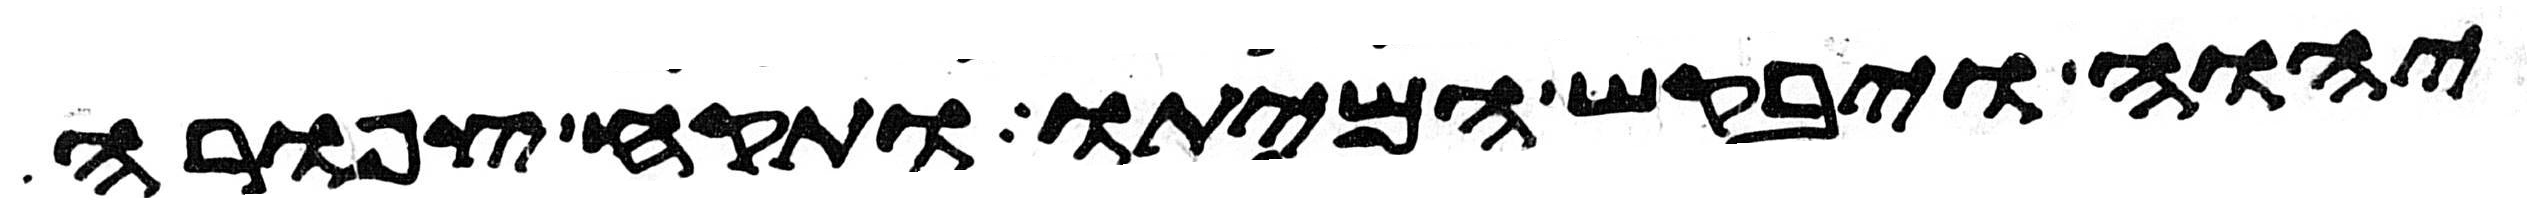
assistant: יהוה ויבקש המיתו ותקח צפורה